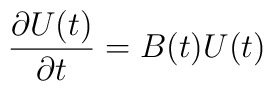
{{\partial U(t)} \over {\partial t}} = B(t) U(t)